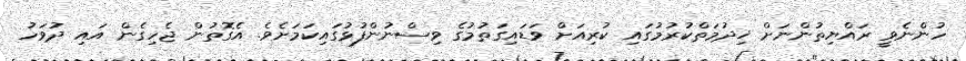
ހުންނެވީ ރައްޔިތުންނަށް ޚިދުމަތްކުރުމުގައި ކުރިއަށް ވަޑައިގަތުމުގެ ވިސްނުންފުޅުގައިކަމަށެވެ. އެގޮތުން ޖެހިގެން އައި ދުވަހު